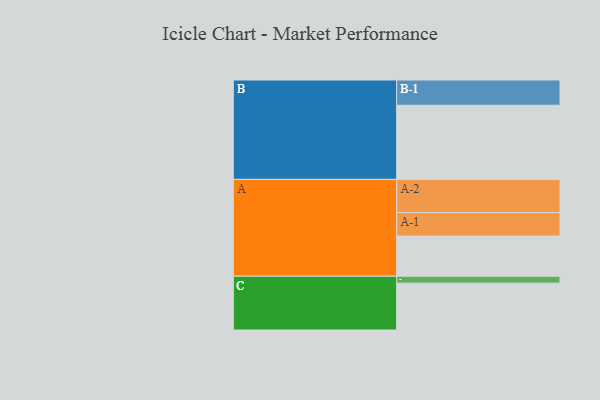
{"axis": {"x": "Segment", "y": "Value"}, "legend": ["", "A", "B", "C"], "data": [{"x": "A", "y": 313, "type": ""}, {"x": "B", "y": 579, "type": ""}, {"x": "C", "y": 366, "type": ""}, {"x": "A-1", "y": 184, "type": "A"}, {"x": "A-2", "y": 259, "type": "A"}, {"x": "B-1", "y": 197, "type": "B"}, {"x": "C-1", "y": 54, "type": "C"}]}